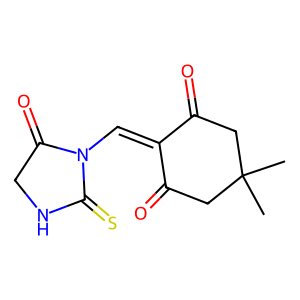
SMILES: CC1(C)CC(=O)C(=CN2C(=O)CNC2=S)C(=O)C1
Inhibits HIV replication: No